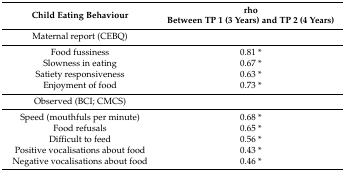
<table><thead><tr><td><b>Child Eating Behaviour</b></td><td><b>rhoBetween TP 1 (3 Years) and TP 2 (4 Years)</b></td></tr></thead><tbody><tr><td>Maternal report (CEBQ)</td><td></td></tr><tr><td>Food fussiness</td><td>0.81 *</td></tr><tr><td>Slowness in eating</td><td>0.67 *</td></tr><tr><td>Satiety responsiveness</td><td>0.63 *</td></tr><tr><td>Enjoyment of food</td><td>0.73 *</td></tr><tr><td>Observed (BCI; CMCS)</td><td></td></tr><tr><td>Speed (mouthfuls per minute)</td><td>0.68 *</td></tr><tr><td>Food refusals </td><td>0.65 *</td></tr><tr><td>Difficult to feed </td><td>0.56 *</td></tr><tr><td>Positive vocalisations about food </td><td>0.43 *</td></tr><tr><td>Negative vocalisations about food </td><td>0.46 *</td></tr></tbody></table>